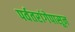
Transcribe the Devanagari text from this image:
पर्वतरांगेपासून